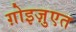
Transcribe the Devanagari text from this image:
ग़ोइज़ुएत